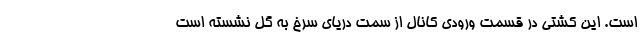
است. این کشتی در قسمت ورودی کانال از سمت دریای سرخ به گل نشسته است